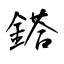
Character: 鎝